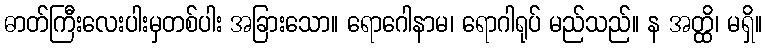
ဓာတ်ကြီးလေးပါးမှတစ်ပါး အခြားသော။ ရောဂေါနာမ၊ ရောဂါရုပ် မည်သည်။ န အတ္ထိ၊ မရှိ။